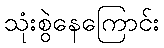
သုံးစွဲနေကြောင်း